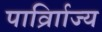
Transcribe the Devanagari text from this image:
पार्व्राािज्य